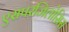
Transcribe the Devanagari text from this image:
एसपरजिलोसिस